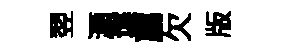
翌灝堞薦欠版